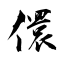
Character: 儇